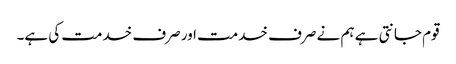
قوم جانتی ہے ہم نے صرف خدمت اور صرف خدمت کی ہے۔